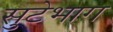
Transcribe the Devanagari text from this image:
सुटेभाग